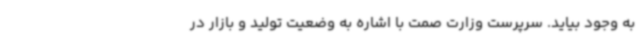
به وجود بیاید. سرپرست وزارت صمت با اشاره به وضعیت تولید و بازار در